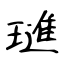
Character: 璡